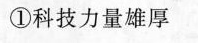
①科技力量雄厚